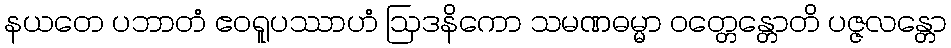
နယတေ ပဘာတံ ဧဝရူပဿာဟံ ဩဒနိကော သမဏဓမ္မာ ဝတ္တေန္တောတိ ပဇ္ဇလန္တော